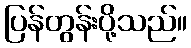
ပြန်တွန်းပို့သည်။